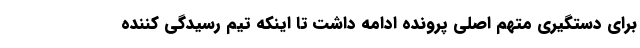
برای دستگیری متهم اصلی پرونده ادامه داشت تا اینکه تیم رسیدگی کننده